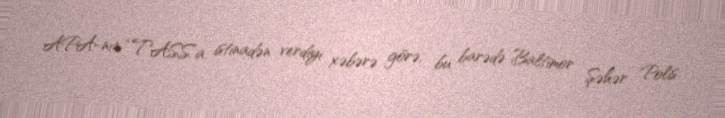
APA-nın “TASS”a istinadən verdiyi xəbərə görə, bu barədə Baltimor Şəhər Polis